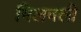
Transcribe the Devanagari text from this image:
मिलवली